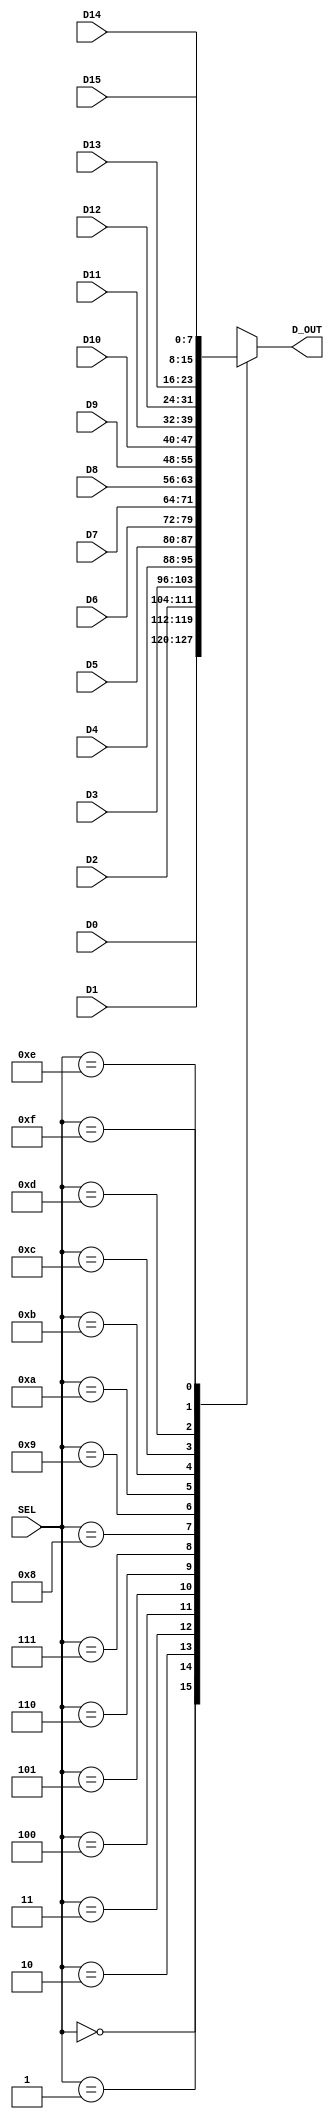
module mux_16t1_nb(SEL, D0, D1, D2, D3, D4, D5, D6, D7, D8, D9, D10, D11, D12, D13, D14, D15, D_OUT); 
       input  [3:0] SEL; 
       input  [n-1:0] D0, D1, D2, D3, D4, D5, D6, D7, D8, D9, D10, D11, D12, D13, D14, D15; 
       output reg [n-1:0] D_OUT;  
       
       parameter n = 8; 
        
       always @(*)
       begin 
          case (SEL)
		     0:  D_OUT = D0;
		     1:  D_OUT = D1;
		     2:  D_OUT = D2;
		     3:  D_OUT = D3;
		     4:  D_OUT = D4;
		     5:  D_OUT = D5;
		     6:  D_OUT = D6;
		     7:  D_OUT = D7;
		     8:  D_OUT = D8;
             9:  D_OUT = D9;
             10:  D_OUT = D10;
             11:  D_OUT = D11;
             12:  D_OUT = D12;
             13:  D_OUT = D13;
             14:  D_OUT = D14;
             15:  D_OUT = D15;
			 default: D_OUT = 0; 
		  endcase 
       end
                
endmodule